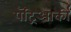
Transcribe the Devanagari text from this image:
पॅट्रिआर्की